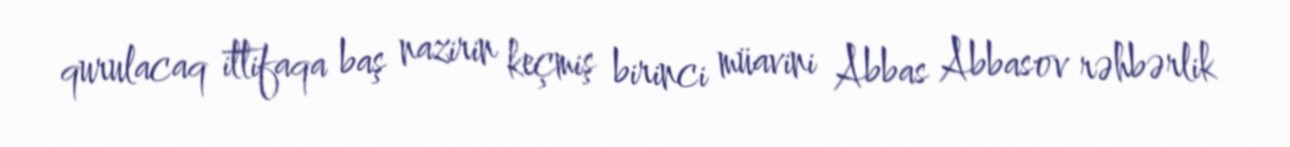
qurulacaq ittifaqa baş nazirin keçmiş birinci müavini Abbas Abbasov rəhbərlik